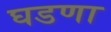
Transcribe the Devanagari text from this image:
घडणा